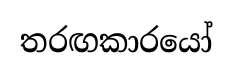
තරඟකාරයෝ